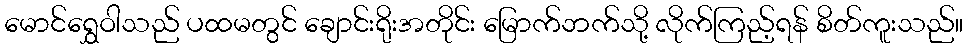
မောင်ရွှေဝါသည် ပထမတွင် ချောင်းရိုးအတိုင်း မြောက်ဘက်သို့ လိုက်ကြည့်ရန် စိတ်ကူးသည်။